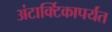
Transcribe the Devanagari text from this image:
अंटार्क्टिकापर्यंत